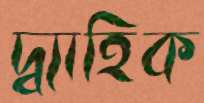
দ্ব্যাহিক